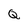
Character: Q